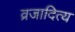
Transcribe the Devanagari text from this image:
व्रजादित्य